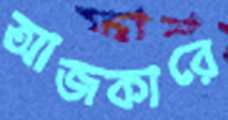
আজকারে